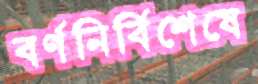
বর্ণনির্বিশেষে